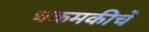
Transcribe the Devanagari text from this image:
चकमकीचे